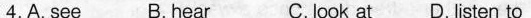
4.A. see B.hear C.look at D.listen to